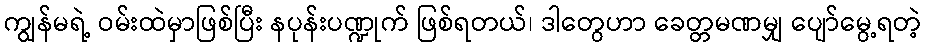
ကျွန်မရဲ့ ဝမ်းထဲမှာဖြစ်ပြီး နပုန်းပဏ္ဍုက် ဖြစ်ရတယ်၊ ဒါတွေဟာ ခေတ္တမဏမျှ ပျော်မွေ့ရတဲ့